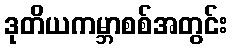
ဒုတိယကမ္ဘာစစ်အတွင်း